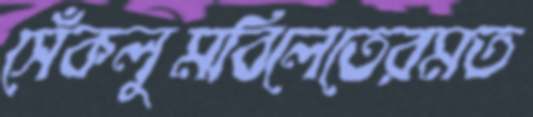
সেঁকলুমবিলেতেরমত